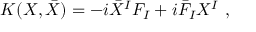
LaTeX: K ( X , \bar { X } ) = - i { \bar { X } } ^ { I } F _ { I } + i { \bar { F } } _ { I } X ^ { I } \ ,